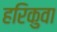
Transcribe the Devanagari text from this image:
हरिकुवा